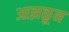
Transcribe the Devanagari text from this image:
आझळून